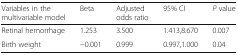
| Variables in the multivariable model | Beta | Adjusted odds ratio | 95% CI | P value |
 | --- | --- | --- | --- | --- |
 | Retinal hemorrhage | 1.253 | 3.500 | 1.413,8.670 | 0.007 |
 | Birth weight | −0.001 | 0.999 | 0.997,1.000 | 0.04 |